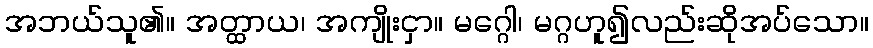
အဘယ်သူ၏။ အတ္ထာယ၊ အကျိုးငှာ။ မဂ္ဂေါ၊ မဂ္ဂဟူ၍လည်းဆိုအပ်သော။